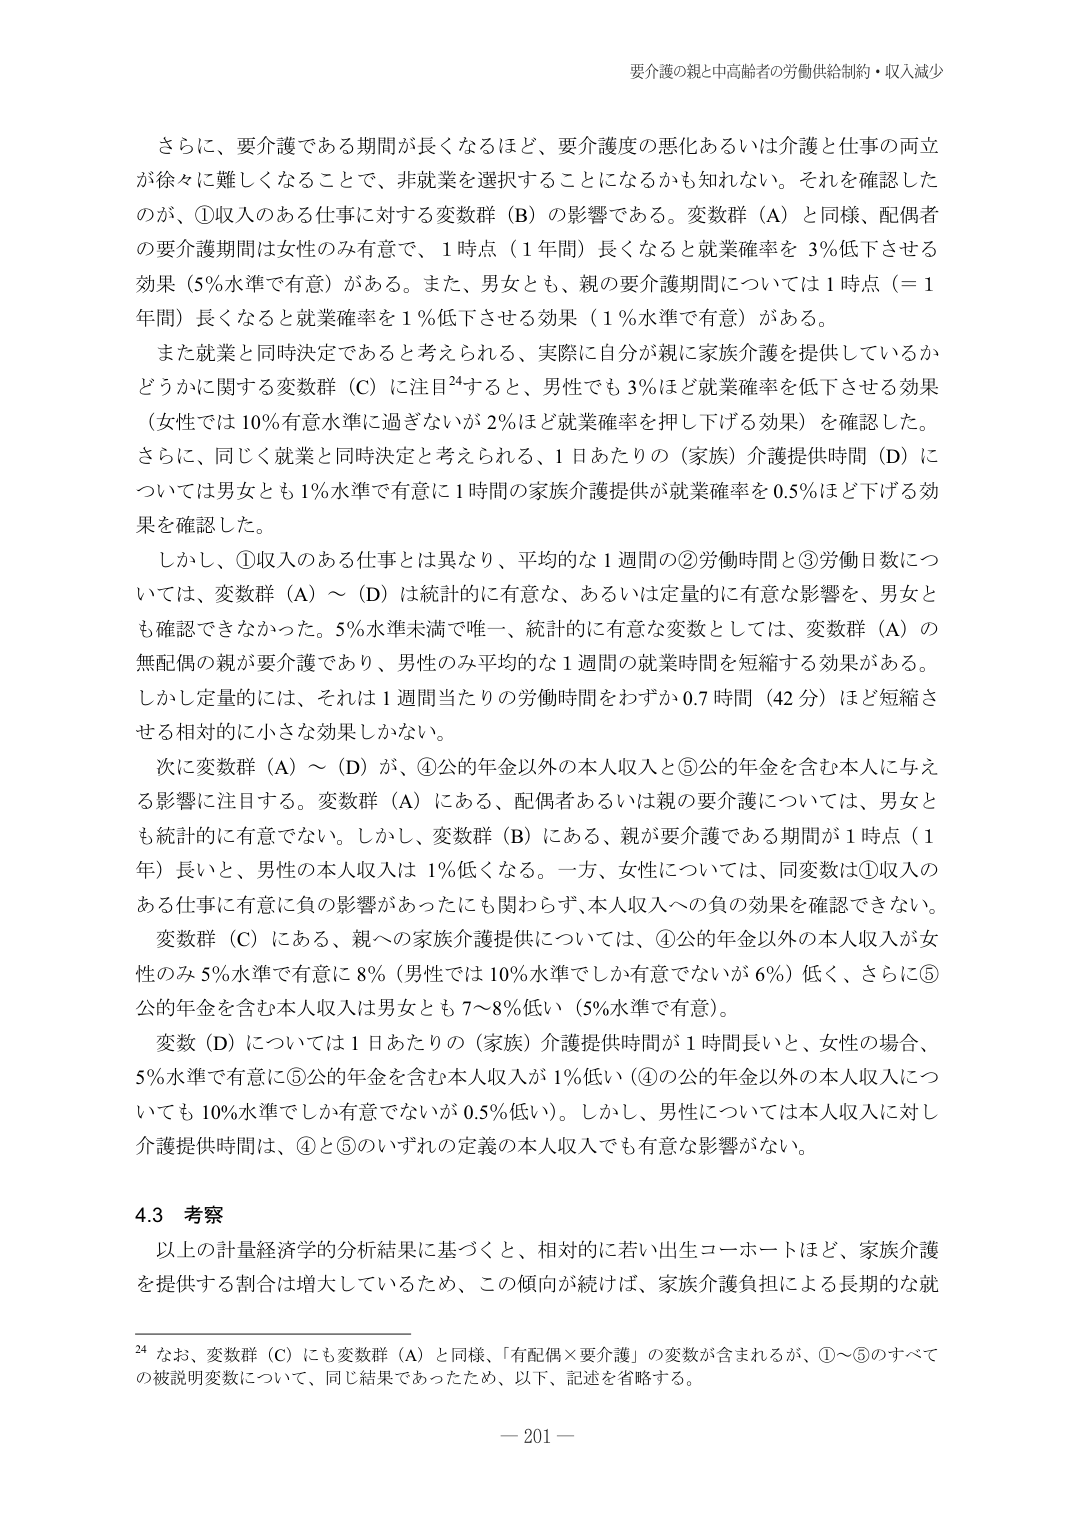
要介護の親と中高齢者の労働供給制約・収入減少

さらに、要介護である期間が長くなるほど、要介護度の悪化あるいは介護と仕事の両立が徐々に難しくなることで、非就業を選択することになるかも知れない。それを確認したのが、①収入のある仕事に対する変数群（B）の影響である。変数群（A）と同様、配偶者の要介護期間は女性のみ有意で、1時点（1年間）長くなると就業確率を3％低下させる効果（5％水準で有意）がある。また、男女とも、親の要介護期間については1時点（＝1年間）長くなると就業確率を1％低下させる効果（1％水準で有意）がある。

また就業と同時決定であると考えられる、実際に自分が親に家族介護を提供しているかどうかに関する変数群（C）に注目24すると、男性でも3％ほど就業確率を低下させる効果（女性では10％有意水準に過ぎないが2％ほど就業確率を押しつける効果）を確認した。さらに、同じく就業と同時決定と考えられる、1日あたりの（家族）介護提供時間（D）については男女とも1％水準で有意に1時間の家族介護提供が就業確率を0.5％ほど下げる効果を確認した。

しかし、①収入のある仕事とは異なり、平均的な1週間の②労働時間と③労働日数については、変数群（A）～（D）は統計的に有意な、あるいは定量的に有意な影響を、男女とも確認できなかった。5％水準未満で唯一、統計的に有意な変数としては、変数群（A）の無配偶の親が要介護であり、男性のみ平均的な1週間の就業時間を短縮する効果がある。しかし定量的には、それは1週間当たりの労働時間をわずか0.7時間（42分）ほど短縮させる相対的に小さな効果しかない。

次に変数群（A）～（D）が、④公的年金以外の本人収入と⑤公的年金を含む本人に与える影響に注目する。変数群（A）にある、配偶者あるいは親の要介護については、男女とも統計的に有意でない。しかし、変数群（B）にある、親が要介護である期間が1時点（1年）長いと、男性の本人収入は1％低くなる。一方、女性については、同変数は①収入のある仕事に有意に負の影響があったにも関わらず、本人収入への負の効果を確認できない。

変数群（C）にある、親への家族介護提供については、④公的年金以外の本人収入が女性のみ5％水準で有意に8％（男性では10％水準でしか有意でないが6％）低く、さらに⑤公的年金を含む本人収入は男女とも7～8％低い（5％水準で有意）。

変数（D）については1日あたりの（家族）介護提供時間が1時間長いと、女性の場合、5％水準で有意に⑤公的年金を含む本人収入が1％低い（④の公的年金以外の本人収入についても10％水準でしか有意でないが0.5％低い）。しかし、男性については本人収入に対し介護提供時間は、④と⑤のいずれの定義の本人収入でも有意な影響がない。

4.3 考察

以上の計量経済学的分析結果に基づくと、相対的に若い出生コホートほど、家族介護を提供する割合は増大しているため、この傾向が続けば、家族介護負担による長期的な就

24 なお、変数群（C）にも変数群（A）と同様、「有配偶×要介護」の変数が含まれるが、①～⑤のすべての被説明変数について、同じ結果であったため、以下、記述を省略する。

— 201 —